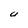
Character: U